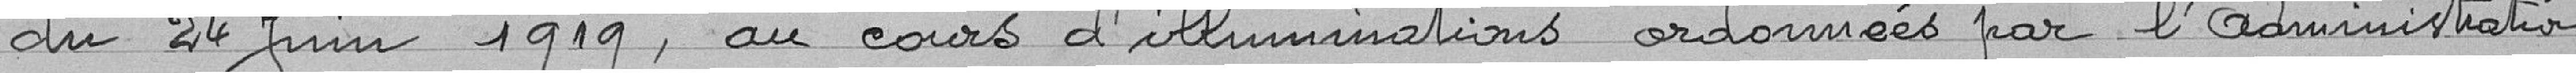
du 24 juin 1919, au cours d'illuminations ordonnées par l'administration